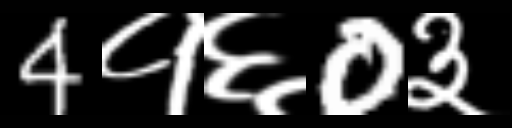
Text: 4१६0३